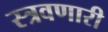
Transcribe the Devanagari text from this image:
स्त्रवणारी